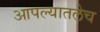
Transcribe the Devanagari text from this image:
आपल्यातलेच